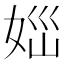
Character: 𡜪